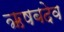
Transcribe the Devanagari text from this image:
ऋषबदेव